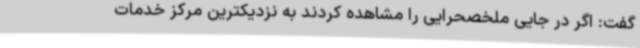
گفت: اگر در جایی ملخصحرایی را مشاهده کردند به نزدیکترین مرکز خدمات